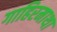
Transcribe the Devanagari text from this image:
गाहिरमाथा